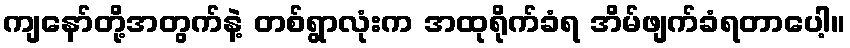
ကျနော်တို့အတွက်နဲ့ တစ်ရွာလုံးက အထုရိုက်ခံရ အိမ်ဖျက်ခံရတာပေါ့။